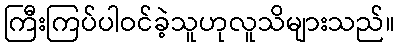
ကြီးကြပ်ပါဝင်ခဲ့သူဟုလူသိများသည်။